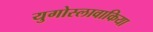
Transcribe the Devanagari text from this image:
युगोस्लावाकिया